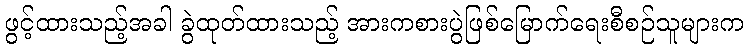
ဖွင့်ထားသည့်အခါ ခွဲထုတ်ထားသည့် အားကစားပွဲဖြစ်မြောက်ရေးစီစဉ်သူများက